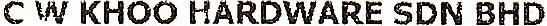
C W KHOO HARDWARE SDN BHD